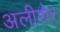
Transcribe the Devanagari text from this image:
अलीशेर